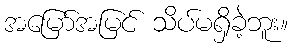
အမြော်အမြင် သိပ်မရှိခဲ့ဘူး။